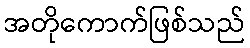
အတိုကောက်ဖြစ်သည်